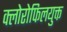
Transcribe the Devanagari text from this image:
क्लोरोफिलयुक्त